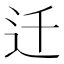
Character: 迁